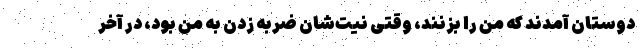
دوستان آمدند که من را بزنند، وقتی نیت‌شان ضربه زدن به من بود، در آخر